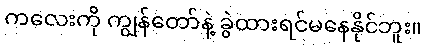
ကလေးကို ကျွန်တော်နဲ့ ခွဲထားရင်မနေနိုင်ဘူး။